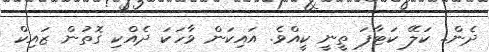
ދެން.. ކަލޭ ކަޓާފަ ތީނީ ކީއްވެ. އައިކަން ވާހަކަ ދެއްކި ގޮތުން ޒައިކް